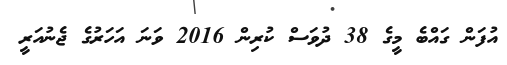
އުފަން ގައްބެ މީގެ 38 ދުވަސް ކުރިން 2016 ވަނަ އަހަރުގެ ޖެނުއަރީ